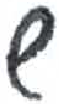
אות: ש